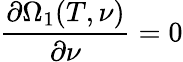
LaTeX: \frac{\partial\Omega_{1}(T,\nu)}{\partial\nu}=0